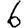
Digit: 6